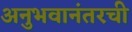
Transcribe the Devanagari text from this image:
अनुभवानंतरची